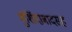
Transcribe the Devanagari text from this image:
मुर्शिदाबादसह